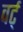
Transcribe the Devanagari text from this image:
वर्ट्